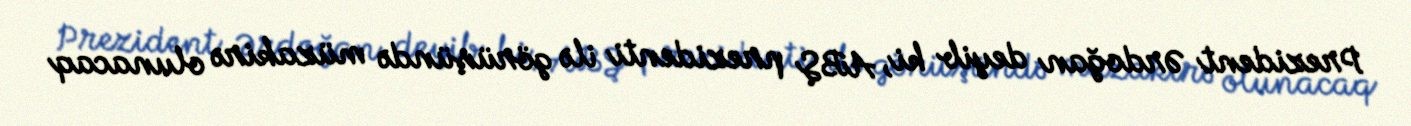
Prezident Ərdoğan deyib ki, ABŞ prezidenti ilə görüşündə müzakirə olunacaq